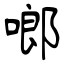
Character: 啷